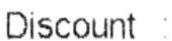
DISCOUNT :